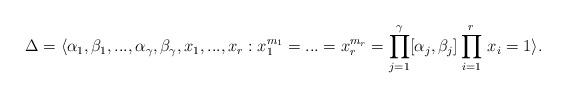
LaTeX: \begin{align*}\Delta=\langle \alpha_1, \beta_1, ..., \alpha_{\gamma}, \beta_{\gamma}, x_1, ..., x_r: x_1^{m_1}=...=x_r^{m_r}= \prod_{j=1}^{\gamma}[\alpha_{j}, \beta_{j}]\prod_{i=1}^r\, x_i=1\rangle.\end{align*}